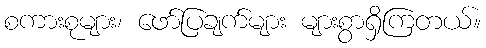
စကားစုများ၊ ဖော်ပြချက်များ များစွာရှိကြတယ်။